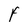
Character: f